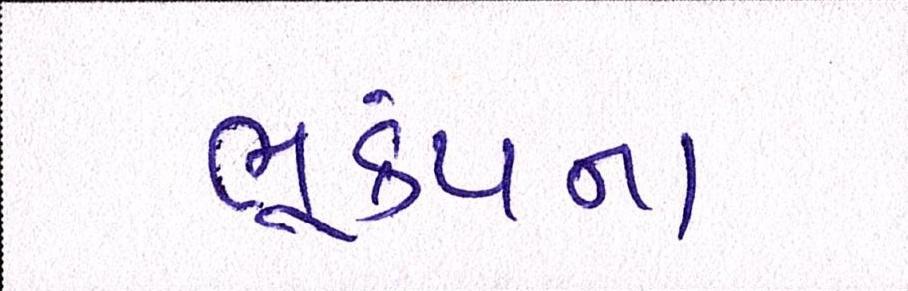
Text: ભૂકંપના